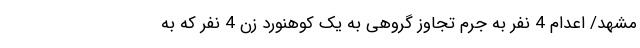
مشهد/ اعدام 4 نفر به جرم تجاوز گروهی به یک کوهنورد زن 4 نفر که به